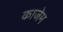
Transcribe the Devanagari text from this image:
काजेम